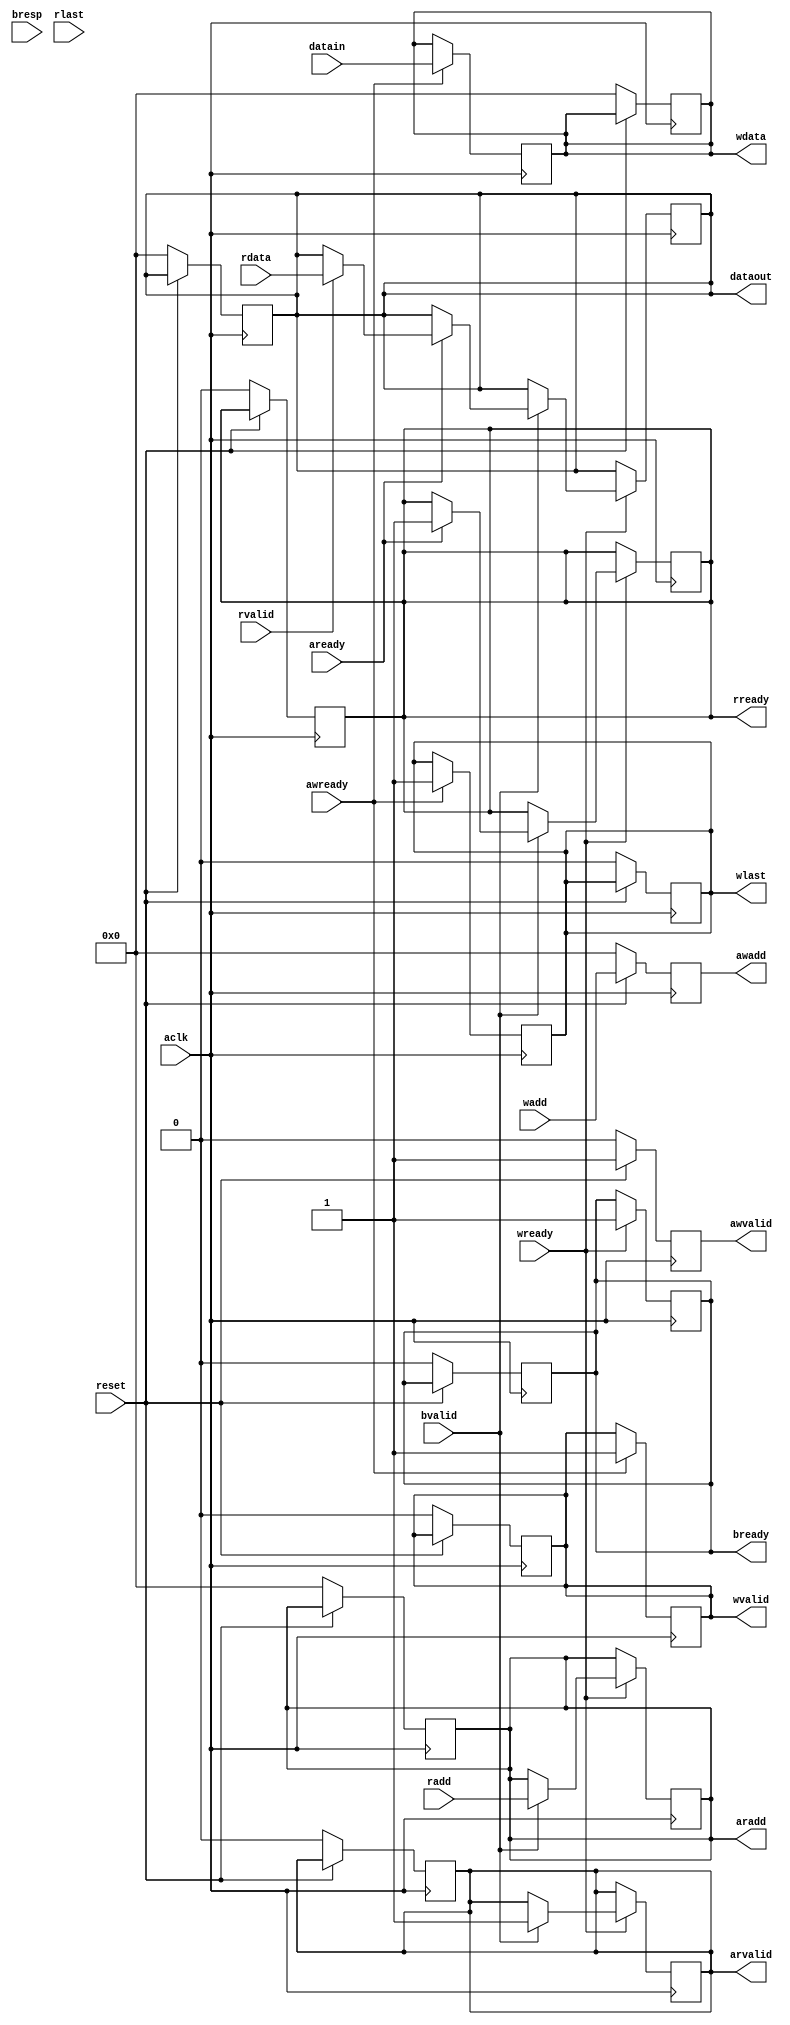
 module aximaster (aclk,reset, awvalid, wadd, radd, awadd, aradd, awready, wvalid,datain, wdata, wlast, wready, bvalid, bresp, bready, rdata,dataout, arvalid, aready, rvalid, rready, rlast);
input [31:0]  wadd, radd,datain, rdata;
input aclk,reset, awready, wready, bvalid, aready, rvalid, rlast;
input[1:0]  bresp;
output reg  awvalid, wvalid, wlast, bready, arvalid, rready;
output reg [31:0]  wdata, awadd, aradd,dataout;

reg [2:0] bsize=2;
reg [3:0] blen=7;
reg [1:0] btyp=1;
always @( posedge aclk) begin
if(!reset) begin
  awvalid<=0;
  wvalid<=0;
  wlast<=0;
  bready<=0;
  arvalid<=0;
  rready<=0;
  wdata<=0;
  awadd<=0;
  aradd<=0;
 dataout<=0;
end
else begin
    awvalid<=1;
    awadd<=wadd;
end
end
always@(posedge aclk)begin	
    if(awready)begin
	    wvalid<=1;
	    wdata<=datain;
	    wlast<=1;
end
end
always@(posedge aclk)begin
if(wready)begin
	bready<=1;
	if(bvalid)begin
       	arvalid<=1;
	aradd<=radd;
	     if(aready)begin
		rready<=1;
		if(rvalid)begin
		dataout<=rdata;
	 end	
end
end
end
end
endmodule

module axislave(aclk,reset,awvalid,awadd,awready,wvalid,wdata,wlast,wready,bvalid,bresp,bready,arvalid,aradd,aready,rvalid,rdata,rready,rlast);
input [31:0] awadd,aradd,wdata;
output reg[1:0] bresp;
output reg [31:0] rdata;
input aclk,reset,awvalid,wvalid,wlast,bready,arvalid,rready;
output reg awready,wready,bvalid,aready,rvalid,rlast;
integer i;


reg [31:0]mem[31:0];

always @(posedge aclk ) begin
	if(!reset) begin
	       rdata=0;
               awready=0;
	       wready=0;
	       bvalid=0;
	       aready=0;
	       rvalid=0;
	       for(i=0;i<=128;i=i+1) begin
		    mem[i]=0;
	       end
	end
        else begin
		if(awvalid)begin
			awready<=1;
		end
	end
end
always@(posedge aclk)begin
	if(wvalid)begin
	  wready<=1;
          mem[awadd]<=wdata; 
end
end
always@(posedge aclk)begin
	if(bready)begin
	   bvalid<=1;
	   bresp<=2'b00;	        							
	end
end
always@(posedge aclk)begin
            if(arvalid)begin
		    aready<=1;
		    if(rready)begin
		    rvalid<=1;
		    rdata<=mem[aradd];
		    rlast<=1;
	    end
end
end
endmodule


module axitop (aclk,reset,wadd,radd,datain,dataout);
input aclk,reset;
input[31:0] wadd,radd,datain;
output[31:0] dataout;

wire [31:0] rdata;
wire  awready, wready, bvalid, aready, rvalid, rlast;
wire[1:0]  bresp;
wire   awvalid, wvalid, wlast, bready, arvalid, rready;
wire [31:0]  wdata, awadd, aradd;

aximaster axm1 (.aclk(aclk),.reset(reset),. awvalid(awvalid),. wadd(wadd),. radd(radd),. awadd(awadd),. aradd(aradd),. awready(awready),. wvalid(wvalid),.datain(datain),. wdata(wdata),. wlast(wlast),. wready(wready),. bvalid(bvalid),. bresp(bresp),. bready(bready),. rdata(rdata),.dataout(dataout),. arvalid(arvalid),. aready(aready),. rvalid(rvalid),. rready(rready),. rlast(rlast));
axislave axs1 (.aclk(aclk),.reset(reset),.awvalid( awvalid),.awadd( awadd),.awready(awready),.wvalid( wvalid),.wdata( wdata),.wlast( wlast),.wready( wready),.bvalid( bvalid),.bresp( bresp),.bready( bready),.arvalid( arvalid),.aradd( aradd),.aready( aready),.rvalid( rvalid),.rdata( rdata),.rready( rready),.rlast( rlast));
endmodule


module axitoptb();
reg aclk,reset;
reg[31:0] wadd,radd,datain;
wire [31:0]dataout;

axitop dut(aclk,reset,wadd,radd,datain,dataout);
always #5 aclk=~aclk;
initial begin
aclk=0;
reset=0;
wadd=0;
radd=0;
datain=0;
#10;
reset=1;
wadd=32'h5;
datain=10;
#100;
radd=32'h5;
end
initial 
#2000 $finish;
endmodule